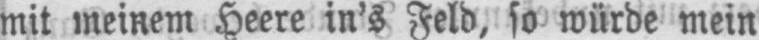
mit meinem Heere in’s Feld, so würde mein